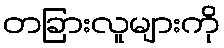
တခြားလူများကို